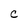
Character: C